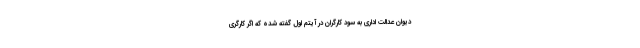
دیوان عدالت اداری به سود کارگران در آیتم اول گفته شده که اگر کارگری